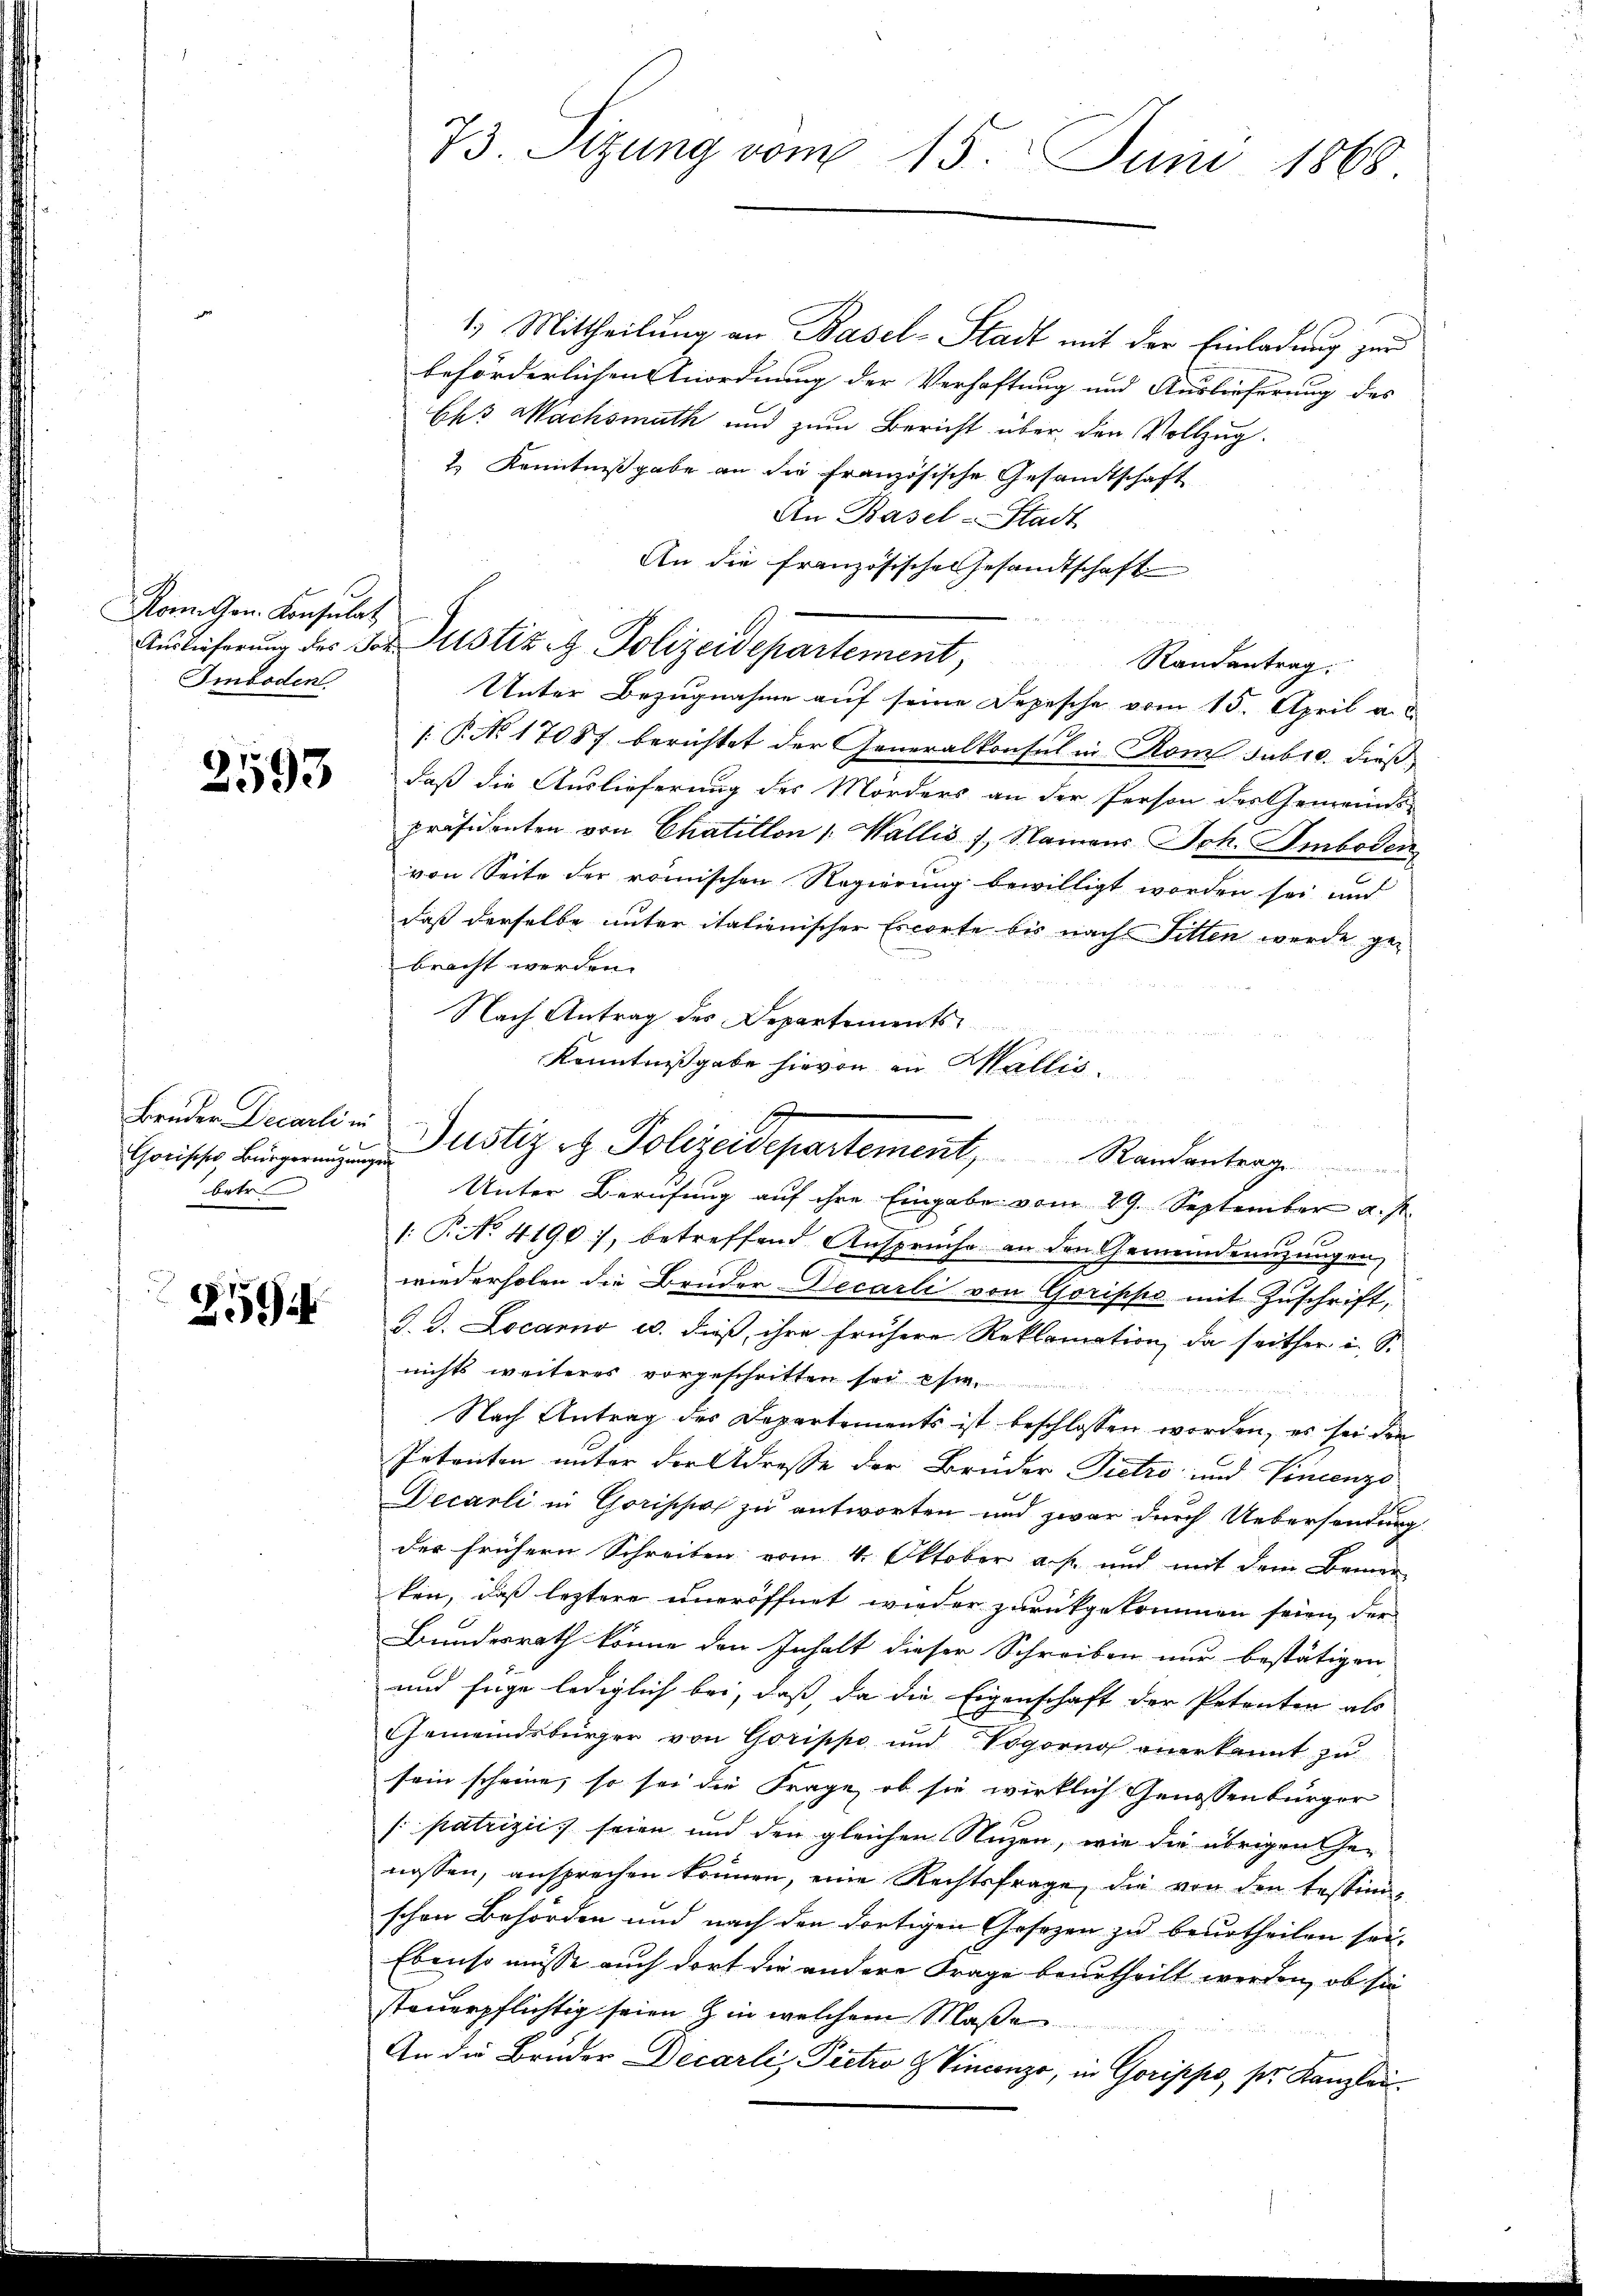
Komthon. Konsulat
Smboden

2593

Bruder Decarli in
Chorisches Bürgeranzung
betre

2594

73. Sitzung vom 15. Juni 1868

1.) Mittheilung an Basel-Stadt mit der Einladung zur
beförderlichen Anordnung der Verhaftung und Auslieferung des
Ehs Wachsmuth und zum Bericht über den Vollzug.
2.) Kenntnißgabe an die französische Gesandtschaft
An Basel-Stadt
An die französische Gesandtschaft
Auslieferung des Jor Justiz & Polizeidepartement,
Randantrag.
Unter Bezugnahme auf seine Depesche vom 15. April a.
 P NNo. 17087 berichtet der Generalkonsul in Rom subro. dieß
daß die Auslieferung des Mörders an der Person des Gemeinds-
präsidenten von Chatillon : Wallis 1., Namens Joh. Amboden
von Seite der römischen Regierung bewilligt worden sei und
daß derselbe unter itationischer Escorte bis nach Fitten wurde gebracht werden.
Nach Antrag des Departements
Kenntnißgabe hievon in Wallis.
1: T. No. 4190), betreffend Ansprüche an den Gemeindenzungen,
wiederholen die Bruder Decarli von Gorippe mit Zuschrift,
d. d. Locarno u. dieß, ihre frühere Reklamation, da seither i. S.
nichts weiteres vorgeschritten sei es
Nach Antrag des Departements ist beschlossen worden, es sei der
Petenten unter der Adresse der Brüder Pietro und Vincenzo
Decarli in Gorische zu antworten und zwar durch Uebersendung
der frühern Schreiben vom 4. Oktober a. p. und mit dem Bemer
ken, daß leztere uneröffnet wieder zurückgekommen seien, der
Bundesrath könne den Inhalt dieser Schreiben nur bestätigen
und füge lediglich bei, daß, da die Eigenschaft der Petenten als
Gemeindsbürger von Gorippo und Vogorno anerkannt zu
sein scheine, so sei die Frage, ob sie wirklich Genossenburger
[patrizii, seien und den gleichen Nuzen, wie die übrigen Ge-
nossen, ansprechen können, eine Rechtsfrage, die von den testimschen Behörden und nach den dortigen Gesezen zu beurtheilen sei.
Ebenso müsse auch dort die andere Frage beurtheilt werden, ob sie
steuerpflichtig seien in welchem Maße
An die Bruder Decarli, Pretzo z Vincenze, in Gorippo pr. Kanzlei

Justiz & Polizeidepartement, Randenterg
Unter Berufung auf ihre Eingabe vom 29. September u. s.